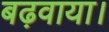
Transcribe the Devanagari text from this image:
बढ़वाया।